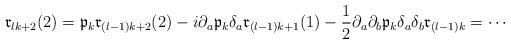
LaTeX: \begin{align*}\begin{aligned}\mathfrak r_{lk+2}(2) &=\mathfrak p_{k} \mathfrak r_{(l-1)k+2}(2) -i\partial _{a}\mathfrak p_{k}\delta _{a}\mathfrak r_{(l-1)k+1}(1) -\frac{1}{2}\partial _{a}\partial _{b}\mathfrak p_{k}\delta _{a}\delta _{b}\mathfrak r_{(l-1)k} = \cdots\end{aligned}\end{align*}